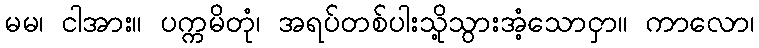
မမ၊ ငါအား။ ပက္ကမိတုံ၊ အရပ်တစ်ပါးသို့သွားအံ့သောငှာ။ ကာလော၊